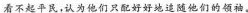
看不起平民，认为他们只配好好地速随他们的领袖。